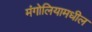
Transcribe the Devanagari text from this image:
मंगोलियामधील